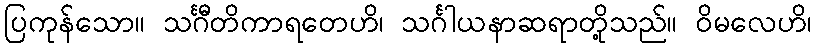
ပြကုန်သော။ သင်္ဂီတိကာရတေဟိ၊ သင်္ဂါယနာဆရာတို့သည်။ ဝိမလေဟိ၊